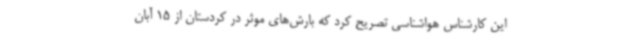
این کارشناس هواشناسی تصریح کرد که بارش‌های موثر در کردستان از 15 آبان